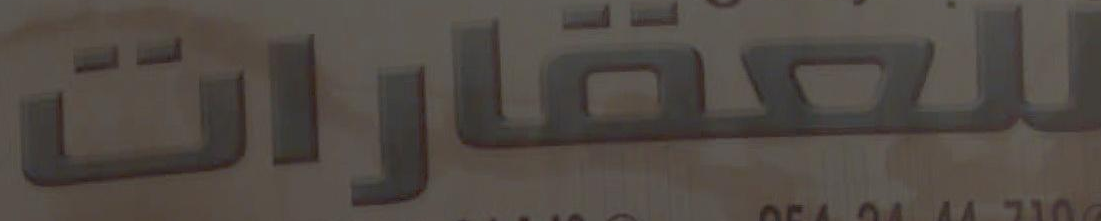
للعقارات